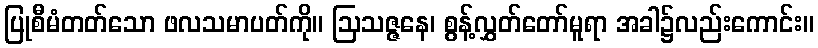
ပြုစီမံတတ်သော ဖလသမာပတ်ကို။ ဩသဇ္ဇနေ၊ စွန့်လွှတ်တော်မူရာ အခါ၌လည်းကောင်း။